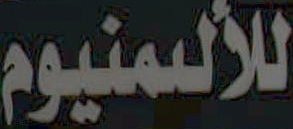
للألمنيوم